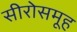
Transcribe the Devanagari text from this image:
सीरोसमूह